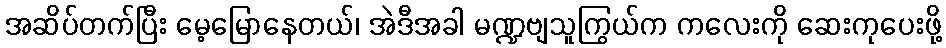
အဆိပ်တက်ပြီး မေ့မြောနေတယ်၊ အဲဒီအခါ မဏ္ဍဗျသူကြွယ်က ကလေးကို ဆေးကုပေးဖို့